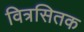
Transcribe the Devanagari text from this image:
वित्रसितक